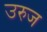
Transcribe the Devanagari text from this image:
उरुज